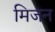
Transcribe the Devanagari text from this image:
मिजन